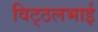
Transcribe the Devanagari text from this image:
विट्‍ठलभाई